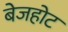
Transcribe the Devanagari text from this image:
बेजहोट